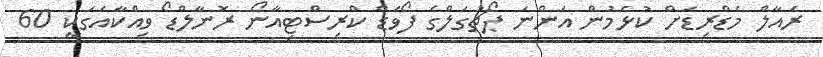
ރެއާލް މެޑްރިޑަށް ކުޅެމުން އަންނަ ޕޯޗުގަލްގެ ފޯވަޑް ކްރިސްޓިއާނޯ ރޮނާލްޑޯ ވިއްކާއަގަކީ 60